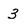
Character: 3